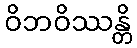
ဝိဘဝိဿန္တိ